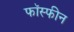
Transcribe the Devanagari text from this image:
फॉस्फीन